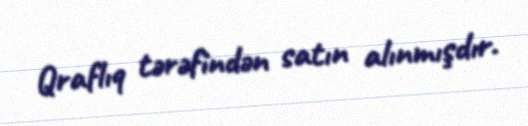
Qraflıq tərəfindən satın alınmışdır.